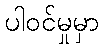
ပါဝင်မှုမှာ